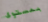
بمستوى